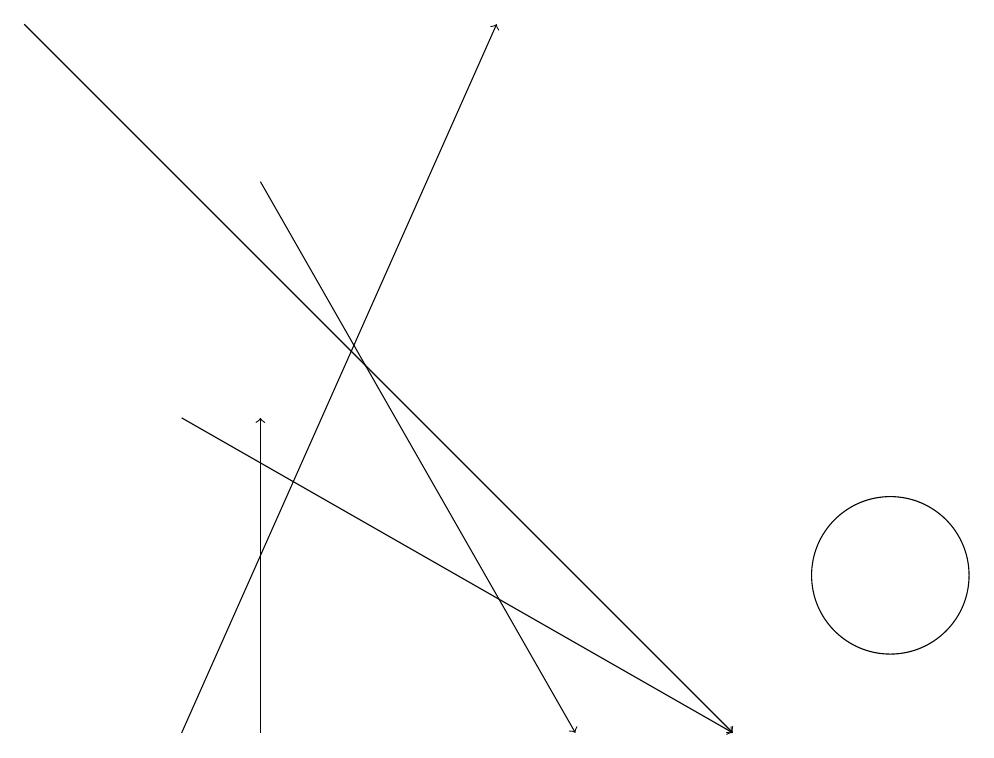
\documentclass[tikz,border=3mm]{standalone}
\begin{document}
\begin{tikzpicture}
\draw[->] (0,19) -- (9,10);
\draw[->] (2,10) -- (6,19);
\draw[->] (3,17) -- (7,10);
\draw[->] (2,14) -- (9,10);
\draw (11,12) circle (1);
\draw[->] (3,10) -- (3,14);
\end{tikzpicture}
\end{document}